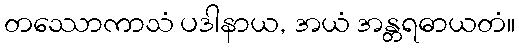
တဿောကာသံ ပဒါနာယ, အယံ အန္တရဓာယတံ။